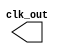
module clk_gen #(
    parameter period =10)
   (output reg clk_out=0);

always
    begin
        #(period/2) clk_out <= ~clk_out;
    end
endmodule